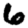
Digit: 6